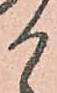
か